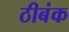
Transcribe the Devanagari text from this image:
ठीबंक